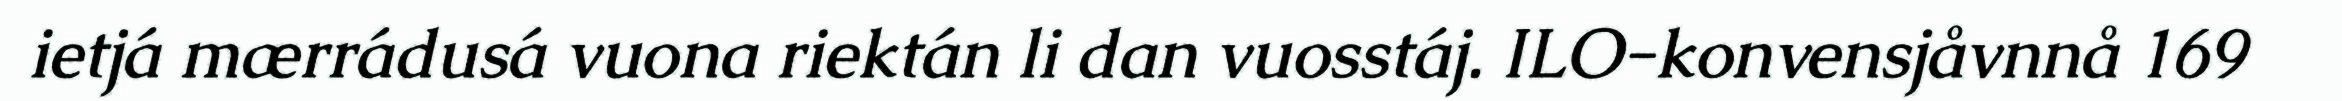
ietjá mærrádusá vuona riektán li dan vuosstáj. ILO-konvensjåvnnå 169